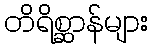
တိရိစ္ဆာန်များ